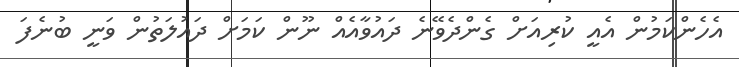
އެހެންކަމުން އެއީ ކުރިއަށް ގެންދެވޭނެ ދައުވާއެއް ނޫން ކަމަށް ދައުލަތުން ވަނީ ބުނެފަ